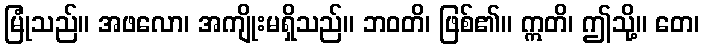
မြုံသည်။ အဖလော၊ အကျိုးမရှိသည်။ ဘဝတိ၊ ဖြစ်၏။ ဣတိ၊ ဤသို့။ တေ၊